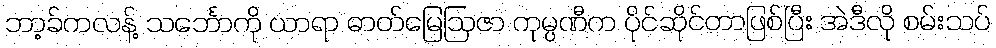
ဘာ့ခ်ကလန့် သင်္ဘောကို ယာရာ ဓာတ်မြေဩဇာ ကုမ္ပဏီက ပိုင်ဆိုင်တာဖြစ်ပြီး အဲဒီလို စမ်းသပ်